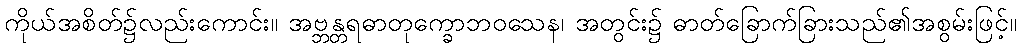
ကိုယ်အစိတ်၌လည်းကောင်း။ အဗ္ဘန္တရဓာတုက္ခောဘဝသေန၊ အတွင်း၌ ဓာတ်ခြောက်ခြားသည်၏အစွမ်းဖြင့်။